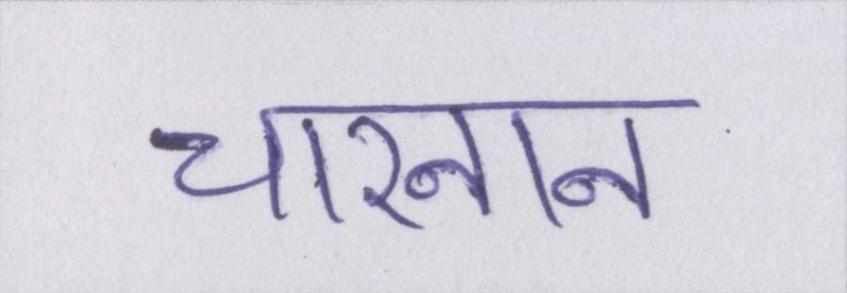
चारनान